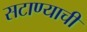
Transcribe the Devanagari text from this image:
सटाण्याची